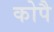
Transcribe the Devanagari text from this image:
कोपै